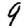
Digit: 9